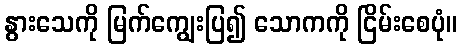
နွားသေကို မြက်ကျွေးပြ၍ သောကကို ငြိမ်းစေပုံ။